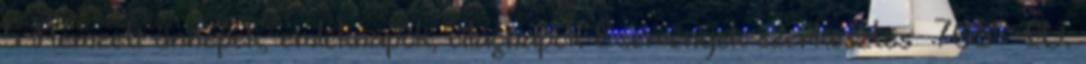
5 Nemzeti ünnepek, emléknapok, világnapok Események szerkesztés 768 – IV.